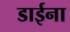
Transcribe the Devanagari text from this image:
डाईना